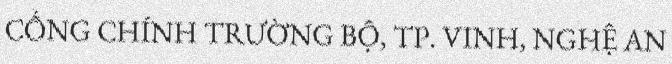
CỔNG CHÍNH TRƯỜNG BỘ, TP. VINH, NGHỆ AN